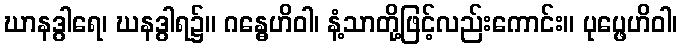
ဃာနဒွါရေ၊ ဃနဒွါရ၌။ ဂန္ဓေဟိဝါ၊ နံ့သာတို့ဖြင့်လည်းကောင်း။ ပုပ္ဖေဟိဝါ၊